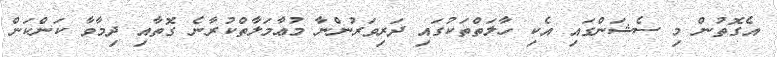
އެގޮތުން މި ސެޝަންގައި އެކި ހާލަތްތަކުގައި ދަރިވަރުންނާ މުޢާމަލާތްކުރާނެ ގޮތާއި ދިމާވާ ކަންކަން